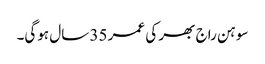
سوہن راج بھر کی عمر 35 سال ہوگی۔